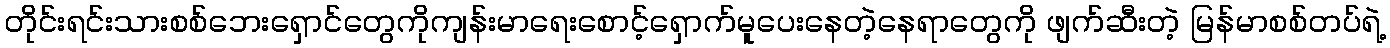
တိုင်းရင်းသားစစ်ဘေးရှောင်တွေကိုကျန်းမာရေးစောင့်ရှောက်မူပေးနေတဲ့နေရာတွေကို ဖျက်ဆီးတဲ့ မြန်မာစစ်တပ်ရဲ့